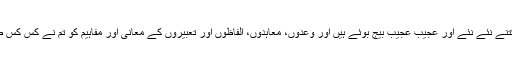
طرف داری بے جا کے کتنے نئے نئے اور عجیب عجیب بیج بوئے ہیں اور وعدوں، معاہدوں، الفاظوں اور تعبیروں کے معانی اور مفاہیم کو تم نے کس کس طرح بدل کر رکھ دیا ہے؟